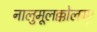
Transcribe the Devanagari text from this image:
नालुमूलक्कोलम्।